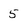
Character: 5